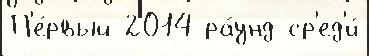
П'е́рвый 2014 ра́унд ср'ед'и́